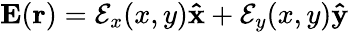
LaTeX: \mathbf{E}(\mathbf{r})=\mathcal{E}_{x}(x,y)\mathbf{\hat{x}}+\mathcal{E}_{y}(x,y)\mathbf{\hat{y}}